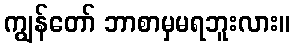
ကျွန်တော် ဘာစာမှမရဘူးလား။